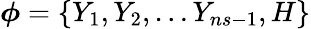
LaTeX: \boldsymbol{\phi}=\left\{ Y_{1},Y_{2},\ldots Y_{ns-1},H\right\}